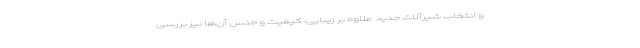
و انتخاب شیرآلات جدید علاوه بر زیبایی، کیفیت و جنس آن‌ها نیز بررسی